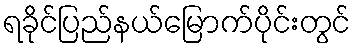
ရခိုင်ပြည်နယ်မြောက်ပိုင်းတွင်